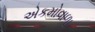
એકમોવાળા